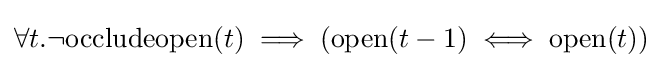
\forall t.\neg \mathrm {occludeopen} (t)\implies (\mathrm {open} (t-1)\iff \mathrm {open} (t))